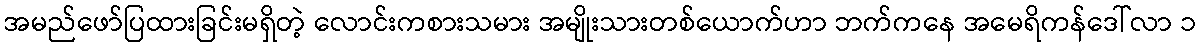
အမည်ဖော်ပြထားခြင်းမရှိတဲ့ လောင်းကစားသမား အမျိုးသားတစ်ယောက်ဟာ ဘက်ကနေ အမေရိကန်ဒေါ်လာ ၁